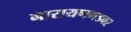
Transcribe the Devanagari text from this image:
नारायणगडवर